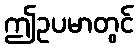
ဤဥပမာတွင်